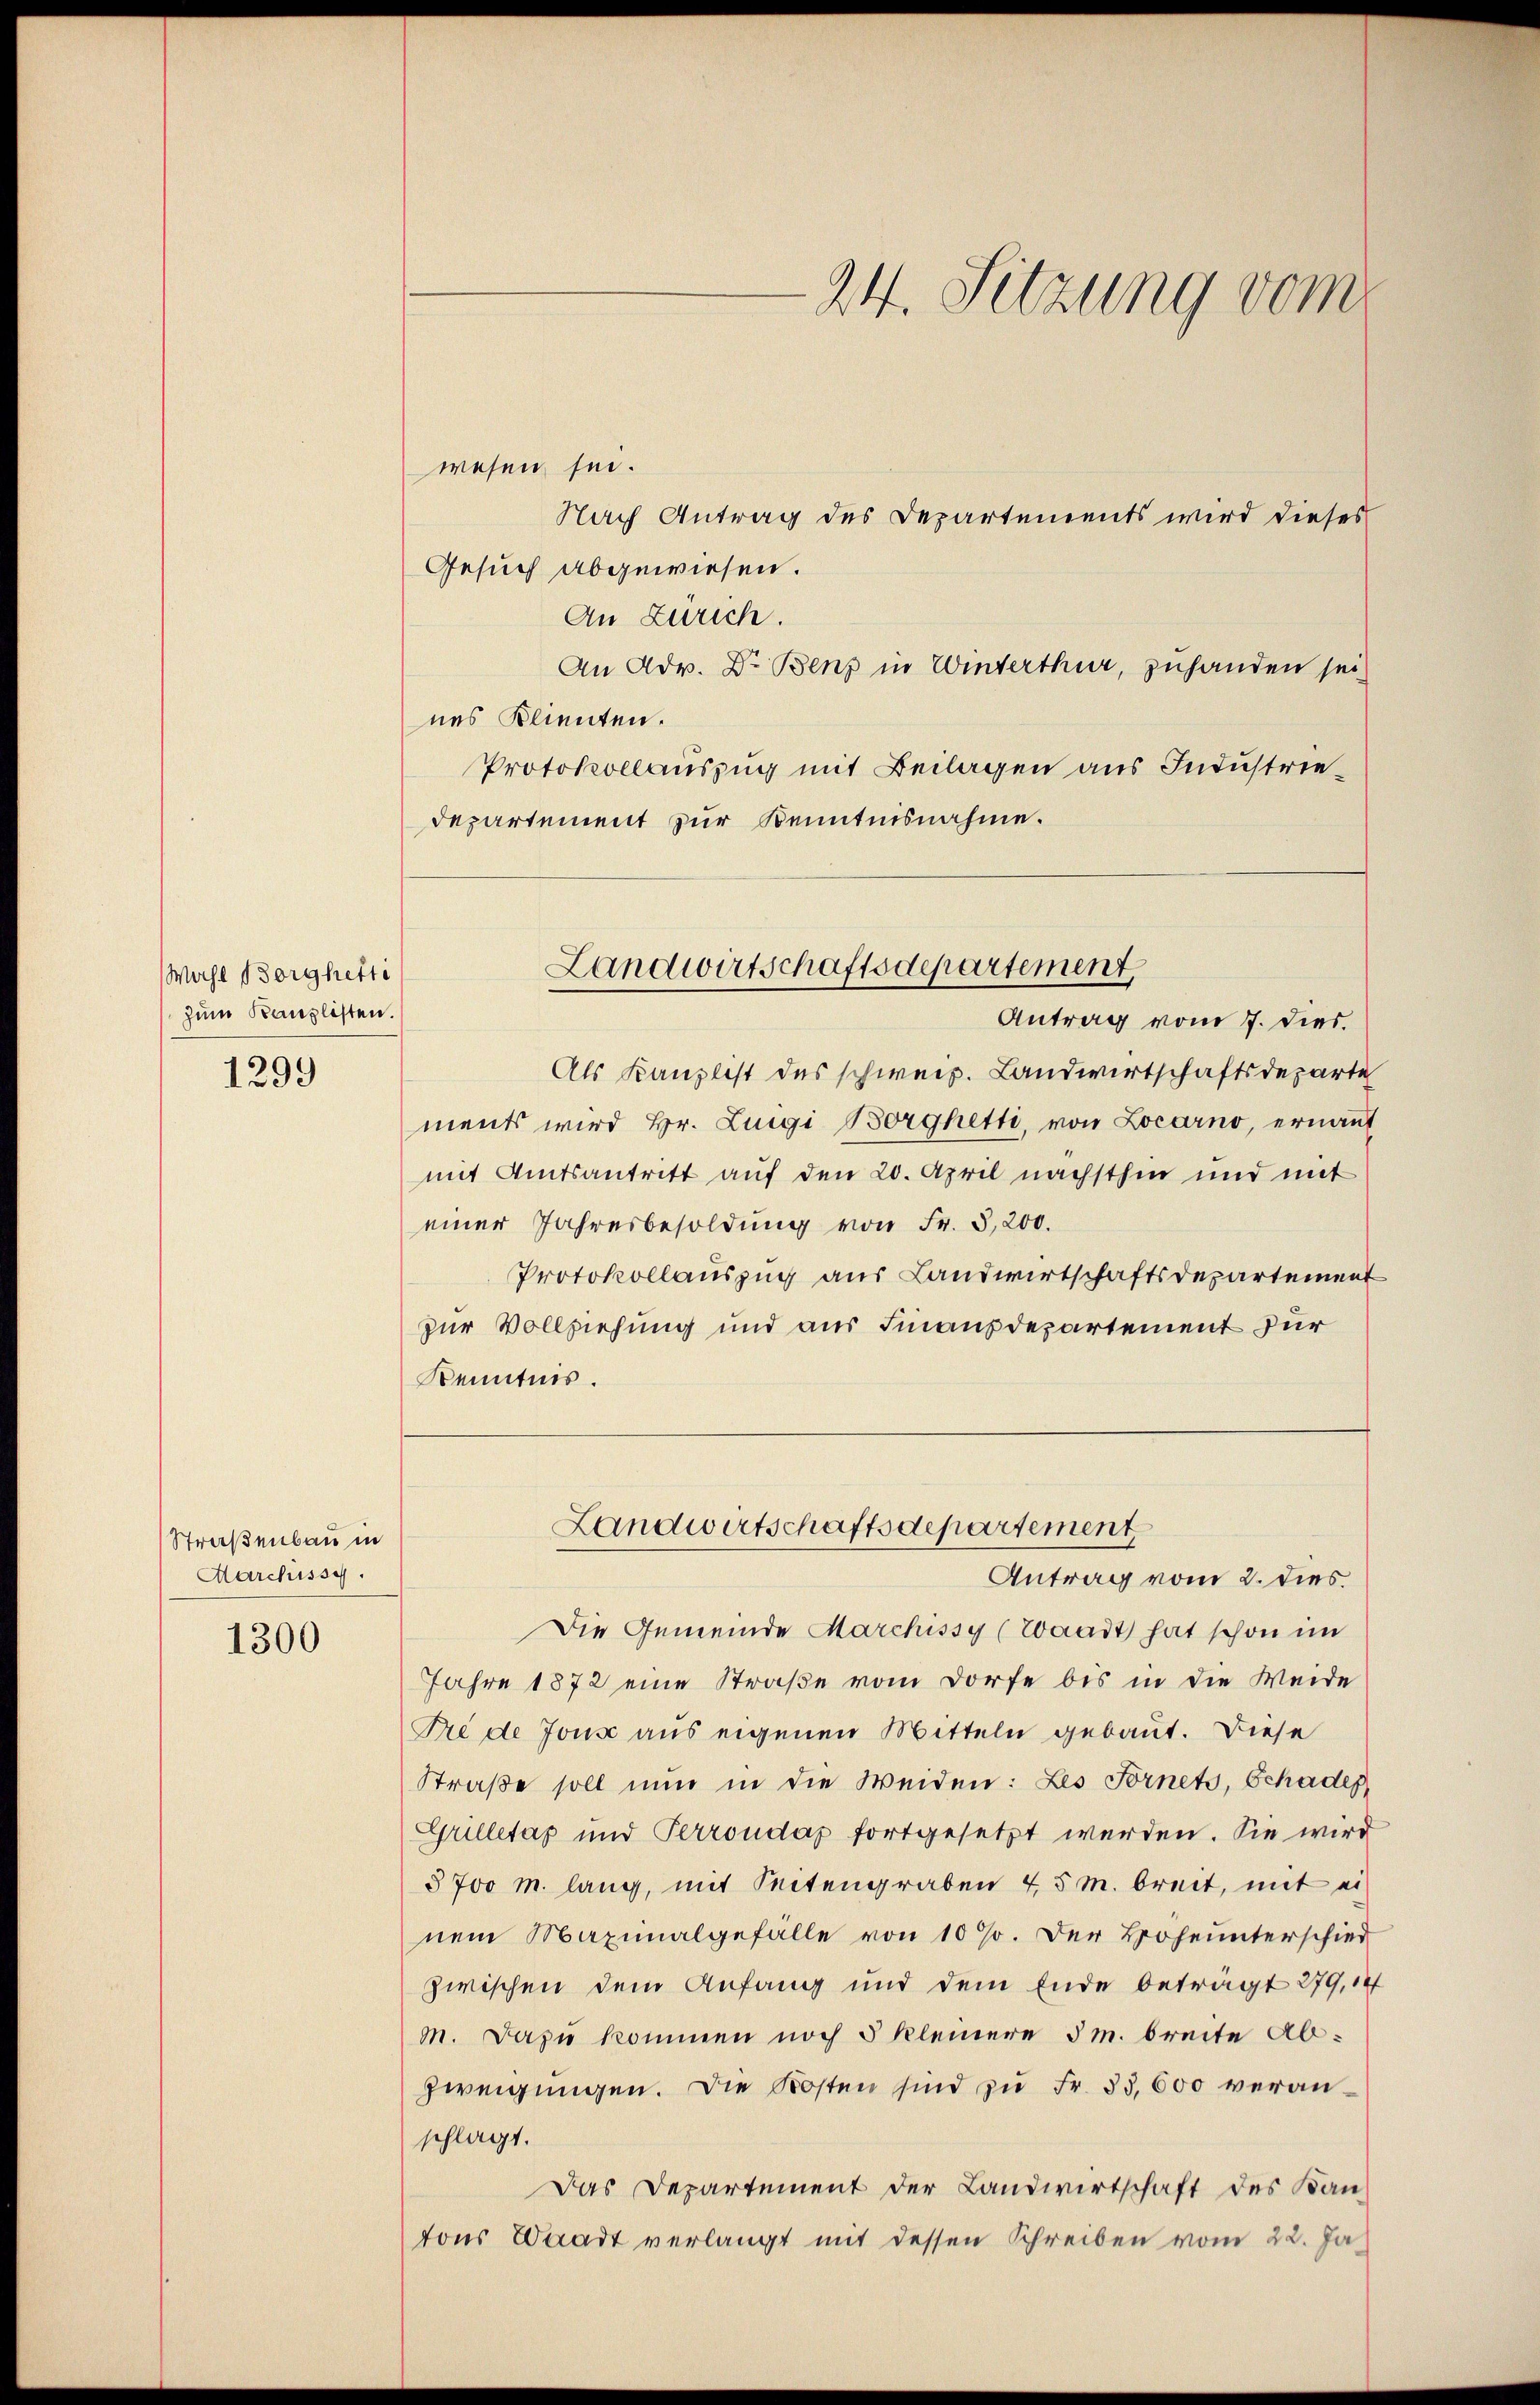
Wahl Borghetti
zum Kanzlisten.

1299

Straßenbau in
Marchissy.

1300

wesen sei.
Nach Antrag des Departements wird dieses
Gesuch abgewiesen.
An Zürich.
An Adv. Dr. Benz in Winterthur, zuhanden sei
nes Klienten.
Protokollauszug mit Beilagen aus Industriedepartement zur Kenntnisnahme.

24. Sitzung vom

Als Kanzlist des schweiz. Landwirtschaftsdeparte
ments wird Hr. Luigi Borghetti, von Locarno, ernannt
mit Amtsantritt auf den 20. April nächsthin und mit
einer Jahresbesoldung von Fr. 3,200.
Protokollauszug aus Landwirtschaftsdepartement
zur Vollziehung und aus Finanzdepartement für
Kenntnis.

Landwirtschaftsdepartement
Antrag vom 7. dies.

Landwirtschaftsdepartement

Antrag vom 2. dies.
Die Gemeinde Marchissy (Waadt hat schon im
Jahre 1872 eine Straße vom Dorfe bis in die Weide
Pre de Jous aus eigenen Mitteln gebaut. Diese
Straße soll nun in die Weiden: Les Fornets, Schades
Grilletas und Perrondaz fortgesetzt werden. Sie wird
3700 m. lang, mit Seitengraben 4,5 m breit, mit ei
nem Maximalgefälle von 10 %. Der Hoheŭnterschied
zwischen dem Anfang und dem Ende beträgt 279, i
m. Dazu kommen noch 5 kleinere 5m. breite Abzweigungen. Die Kosten sind zu Fr. 33,600 veranschlagt.
Das Departement der Landwirtschaft des Kan-
tons Waadt verlangt mit dessen Schreiben vom 22. Ja